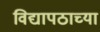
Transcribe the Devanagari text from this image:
विद्यापठाच्या